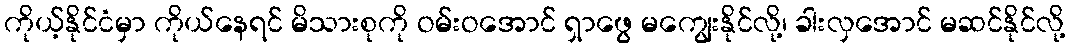
ကိုယ့်နိုင်ငံမှာ ကိုယ်နေရင် မိသားစုကို ဝမ်းဝအောင် ရှာဖွေ မကျွေးနိုင်လို့၊ ခါးလှအောင် မဆင်နိုင်လို့